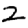
Digit: 2